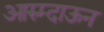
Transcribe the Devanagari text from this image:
आरुम्दाऊन